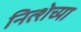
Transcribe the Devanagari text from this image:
नित्शेच्या